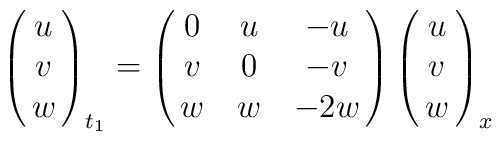
\pmatrix{u \cr v\cr w\cr}_{t_1} =\pmatrix{ 0 & u & -u \cr v & 0 & -v \cr w & w & -2w}\pmatrix{u \cr v\cr w\cr}_x